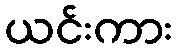
ယင်းကား